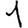
Digit: 1